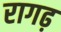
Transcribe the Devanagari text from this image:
रागढ़